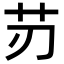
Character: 𦬄